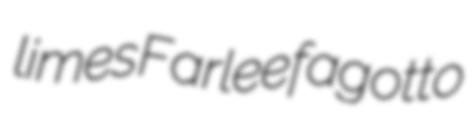
limes Farlee fagotto